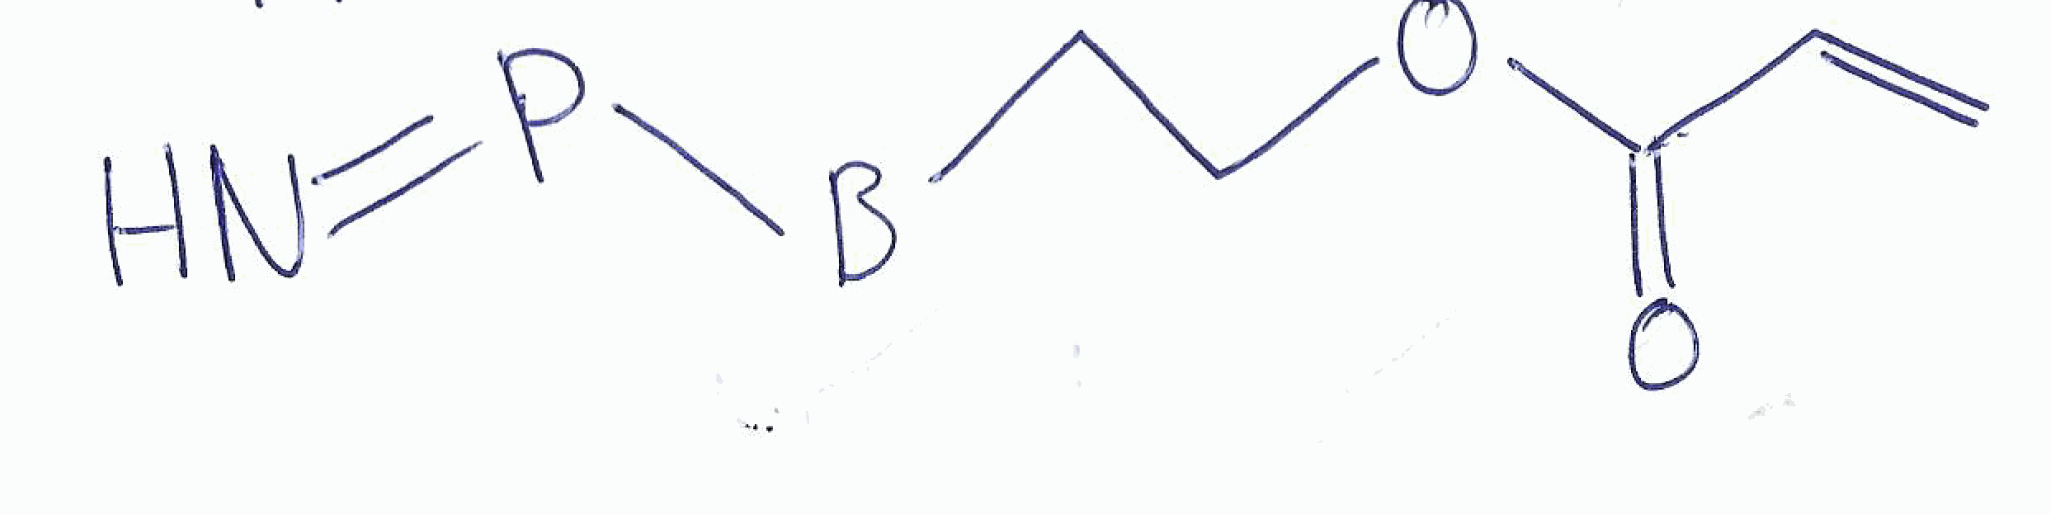
Simplified molecular-input line-entry system (SMILES) notation of the given molecule:
[B](CCOC(=O)C=C)P=N